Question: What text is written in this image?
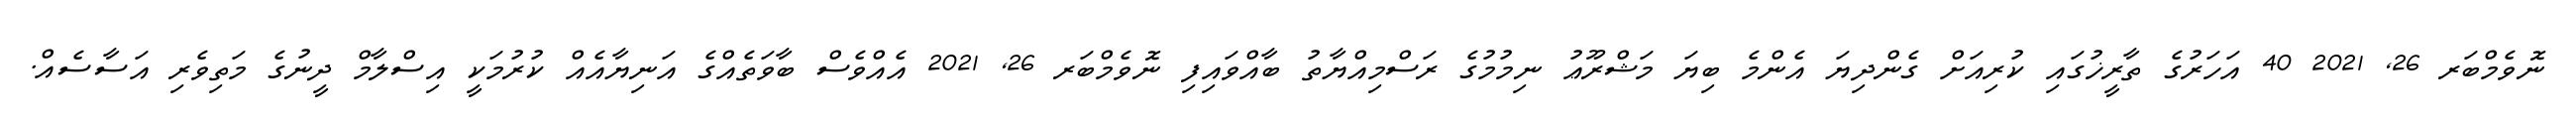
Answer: ނޮވެމްބަރ 26, 2021 40 އަހަރުގެ ތާރީޚުގައި ކުރިއަށް ގެންދިޔަ އެންމެ ބިޔަ މަޝްރޫޢު ނިމުމުގެ ރަސްމިއްޔާތު ބާއްވައިފި ނޮވެމްބަރ 26, 2021 އެއްވެސް ބާވަތެއްގެ އަނިޔާއެއް ކުރުމަކީ އިސްލާމް ދީނުގެ މަތިވެރި އަސާސެއް.